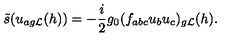
\tilde { s } ( u _ { a { g { \cal L } } } ( h ) ) = - \frac { i } { 2 } g _ { 0 } ( f _ { a b c } u _ { b } u _ { c } ) _ { g { \cal L } } ( h ) .